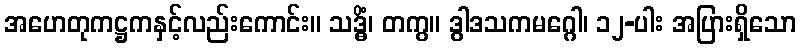
အဟေတုကဋ္ဌကနှင့်လည်းကောင်း။ သဒ္ဓိံ၊ တကွ။ ဒွါဒသကမဂ္ဂေါ၊ ၁၂-ပါး အပြားရှိသော